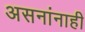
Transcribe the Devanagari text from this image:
असनांनाही